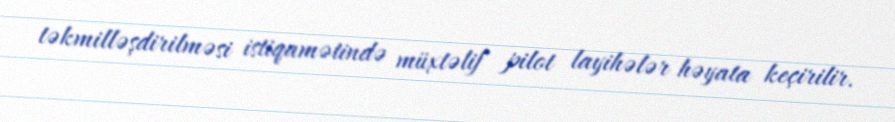
təkmilləşdirilməsi istiqamətində müxtəlif pilot layihələr həyata keçirilir.